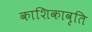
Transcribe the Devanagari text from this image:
काशिकावृति